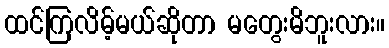
ထင်ကြလိမ့်မယ်ဆိုတာ မတွေးမိဘူးလား။